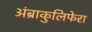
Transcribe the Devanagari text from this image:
अंब्राकुलिफेरा